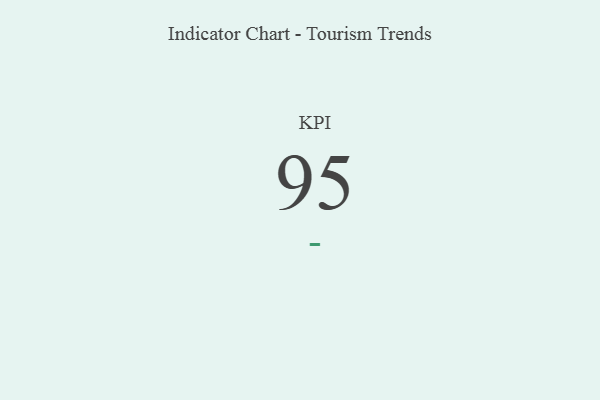
{"axis": {"x": "KPI", "y": "Value"}, "legend": [""], "data": [{"x": "KPI", "y": 95, "type": ""}]}